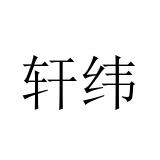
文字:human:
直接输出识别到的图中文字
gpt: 轩纬